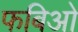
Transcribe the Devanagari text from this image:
फबिओ